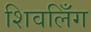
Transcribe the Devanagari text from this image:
शिवलिँग